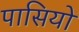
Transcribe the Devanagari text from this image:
पासियों